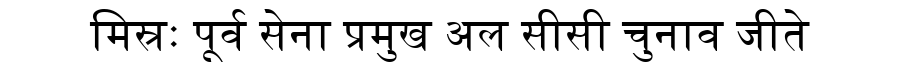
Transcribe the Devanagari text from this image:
मिस्रः पूर्व सेना प्रमुख अल सीसी चुनाव जीते